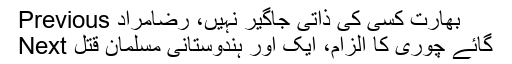
Previous بھارت کسی کی ذاتی جاگیر نہیں، رضامراد
Next گائے چوری کا الزام، ایک اور ہندوستانی مسلمان قتل